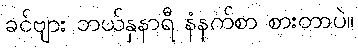
ခင်ဗျား ဘယ်နှနာရီ နံနက်စာ စားတာပဲ။